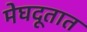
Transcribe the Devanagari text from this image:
मेघदूतात